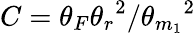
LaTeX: C={\theta_{F}{\theta_{r}}^{2}}/{{\theta_{m_{1}}}^{2}}